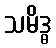
သမိဒ္ဓ